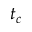
t _ { c }